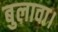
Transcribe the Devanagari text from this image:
बुलावा।